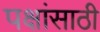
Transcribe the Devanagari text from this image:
पक्षांसाठी